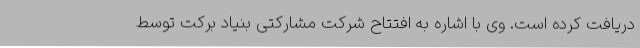
دریافت کرده است. وی با اشاره به افتتاح شرکت مشارکتی بنیاد برکت توسط